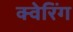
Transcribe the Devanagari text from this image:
क्वेरिंग